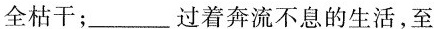
全枯干；___过着奔流不息的生活，至